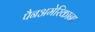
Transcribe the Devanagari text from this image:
पैनअमेरिकाना